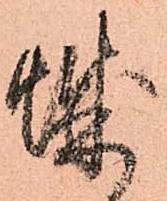
城